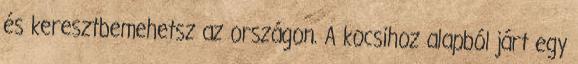
és keresztbemehetsz az országon. A kocsihoz alapból járt egy